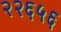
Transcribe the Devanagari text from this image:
२२६५६